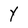
Character: Y